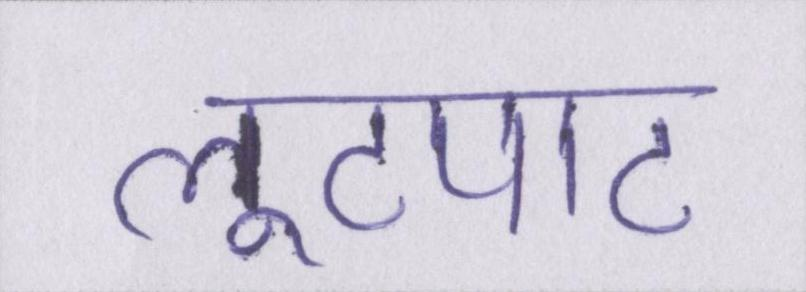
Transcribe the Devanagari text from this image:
लूटपाट